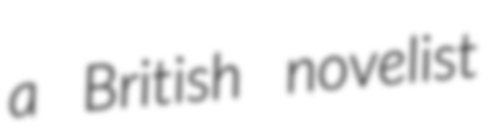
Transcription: a British novelist